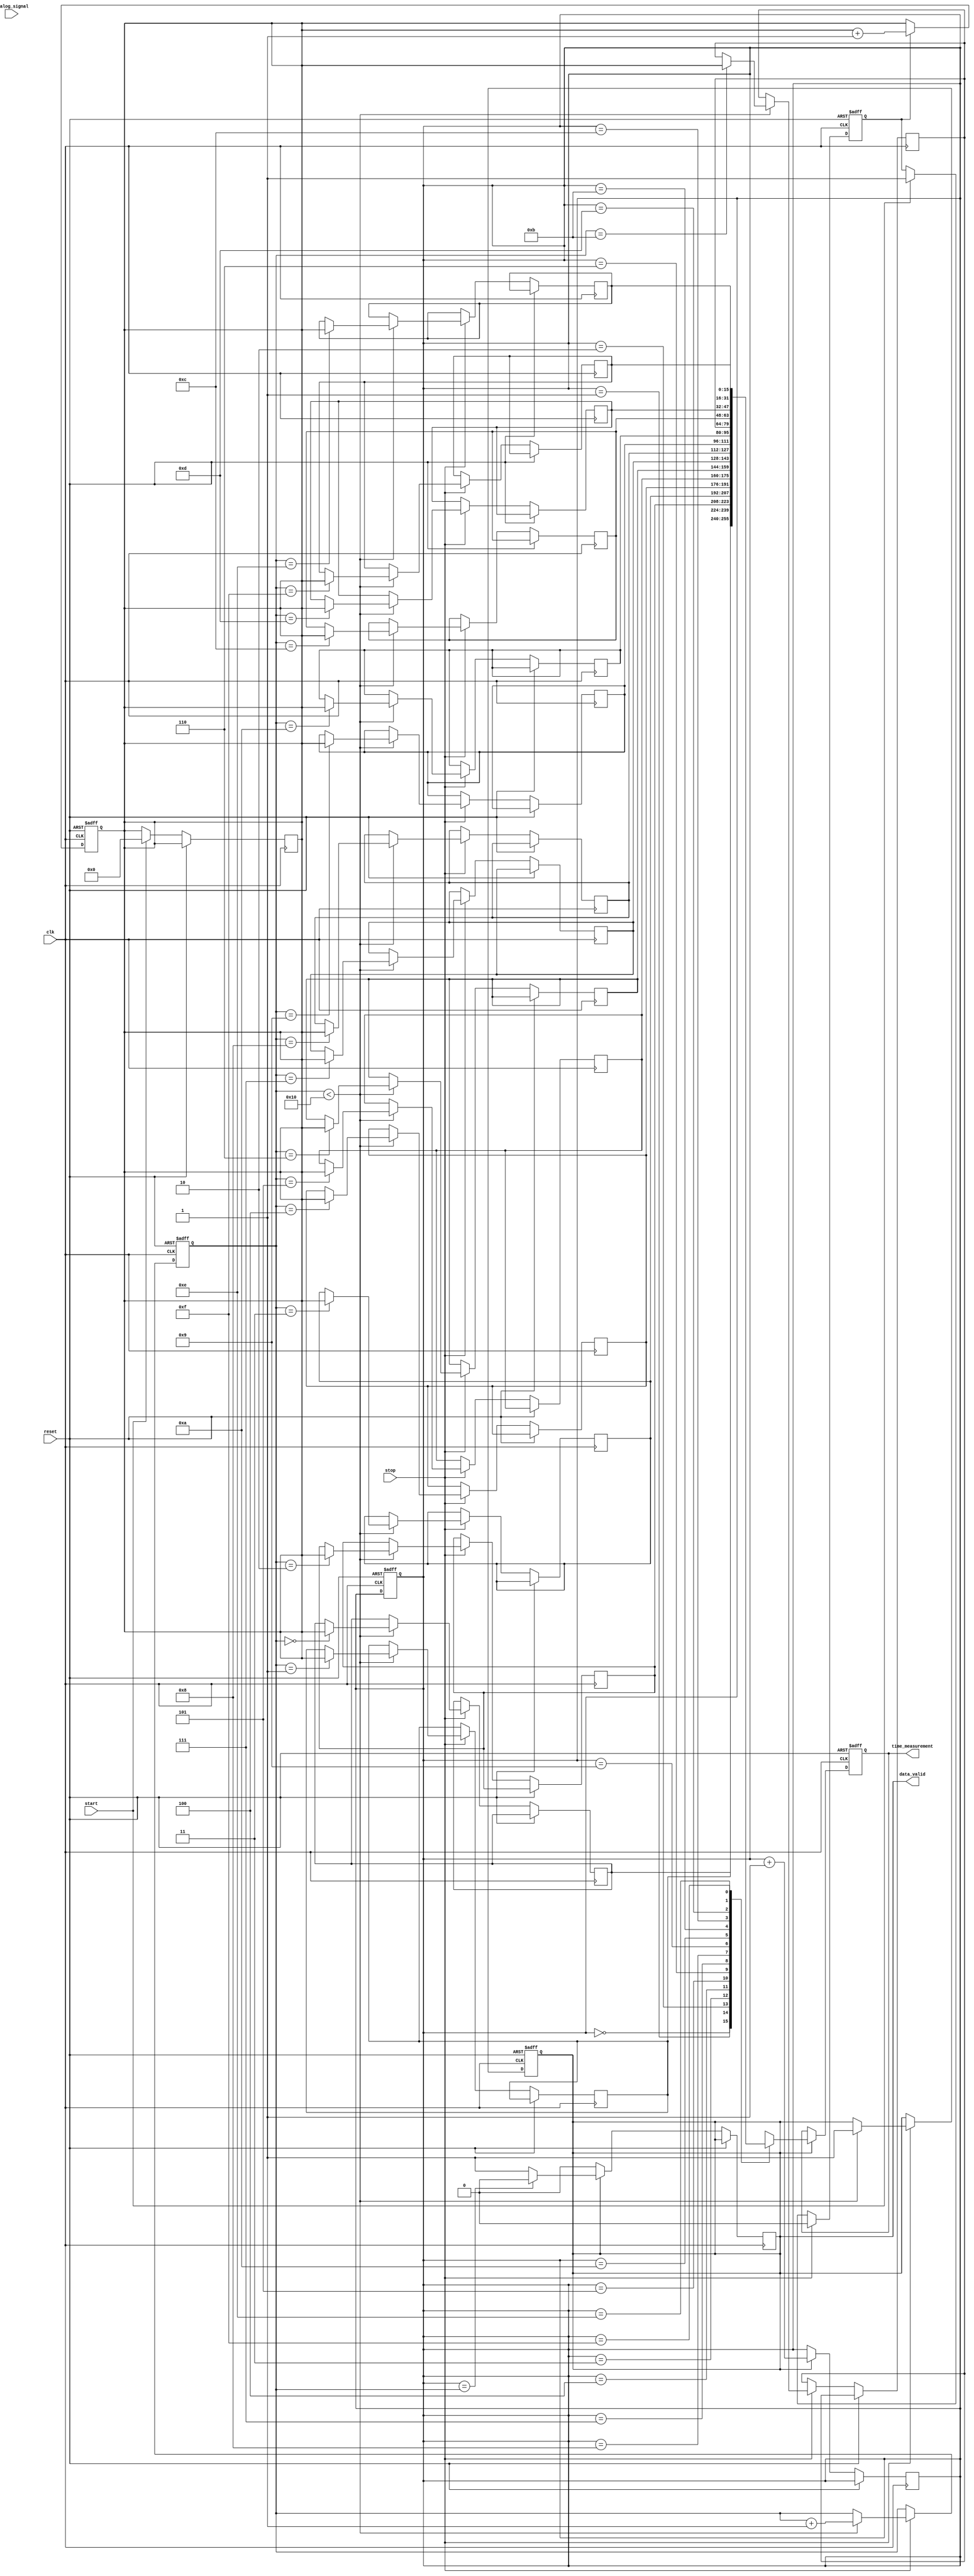
module TDC (
    input wire clk,                  // High-frequency sampling clock
    input wire reset,                // Reset signal
    input wire start,                // Start measurement signal
    input wire stop,                 // Stop measurement signal
    input wire analog_signal,         // Input analog signal (assumed as digital for simplicity)
    output reg [15:0] time_measurement, // Digital representation of time
    output reg data_valid            // Indicates when valid data is available
);

    // Parameters
    parameter MEMORY_SIZE = 16;      // Size of the memory blocks
    parameter COUNTER_WIDTH = 16;     // Width of the counter

    // Memory Blocks (FIFO)
    reg [COUNTER_WIDTH-1:0] memory [0:MEMORY_SIZE-1];
    reg [3:0] write_pointer;          // Pointer for writing to memory
    reg [3:0] read_pointer;           // Pointer for reading from memory
    reg measuring;                    // Flag indicating measurement in progress
    reg [COUNTER_WIDTH-1:0] counter;  // Time counter
    reg edge_detected;                // Edge detection flag

    // Edge Detection Logic
    always @(posedge clk or posedge reset) begin
        if (reset) begin
            edge_detected <= 0;
        end else if (analog_signal && !edge_detected) begin
            edge_detected <= 1; // Rising edge detected
        end else if (!analog_signal) begin
            edge_detected <= 0; // Reset edge detection
        end
    end

    // Time Measurement Counter
    always @(posedge clk or posedge reset) begin
        if (reset) begin
            counter <= 0;
        end else if (measuring) begin
            counter <= counter + 1; // Increment counter on each clock cycle
        end
    end

    // Control Logic for Start and Stop Measurement
    always @(posedge clk or posedge reset) begin
        if (reset) begin
            measuring <= 0;
            write_pointer <= 0;
            read_pointer <= 0;
            data_valid <= 0;
        end else begin
            if (start) begin
                measuring <= 1; // Start measuring
                counter <= 0; // Reset counter
            end
            if (stop) begin
                measuring <= 0; // Stop measuring
                if (write_pointer < MEMORY_SIZE) begin
                    memory[write_pointer] <= counter; // Store counter value
                    write_pointer <= write_pointer + 1;
                    data_valid <= 1; // Indicate valid data available
                end
            end
        end
    end

    // Output Logic
    always @(posedge clk or posedge reset) begin
        if (reset) begin
            time_measurement <= 0;
        end else if (data_valid) begin
            time_measurement <= memory[read_pointer]; // Read from memory
            read_pointer <= read_pointer + 1; // Increment read pointer
            if (read_pointer == write_pointer) begin
                data_valid <= 0; // No valid data left
            end
        end
    end

endmodule